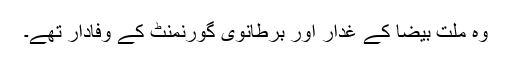
وہ ملت بیضا کے غدار اور برطانوی گورنمنٹ کے وفادار تھے۔